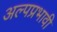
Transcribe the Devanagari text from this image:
अल्पप्रभावी